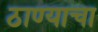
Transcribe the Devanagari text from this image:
ठाण्याचा